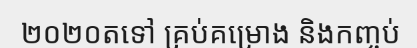
២០២០តទៅ គ្រប់គម្រោង និងកញ្ចប់